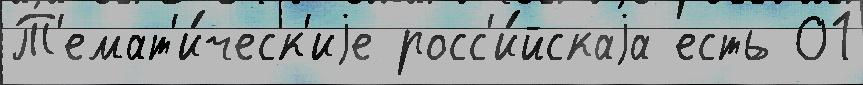
Т'емат'и́ческ'иjе росс'и́йскаjа есть 01